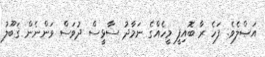
އަޞްލެވެ. ފަހެ ރާ ބޮއިފީ މީހެއްގެ ނަމާދު ސާޅީސް ދުވަސް ވަންނެން ޤަބޫލު